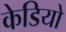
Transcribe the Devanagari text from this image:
केडियो